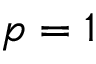
p = 1